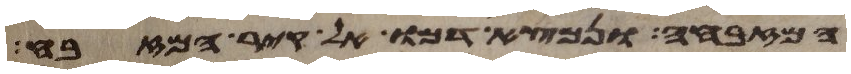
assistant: המזבחה ונמצא דמו אל קיר המזבח